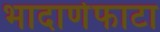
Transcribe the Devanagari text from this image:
भादाणेफाटा